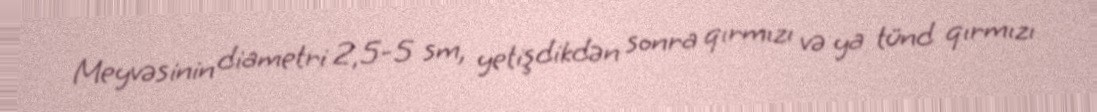
Meyvəsinin diametri 2,5-5 sm, yetişdikdən sonra qırmızı və ya tünd qırmızı